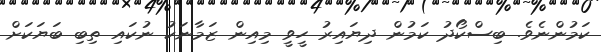
ކަމުންނެވެ. ބިސްކޯދު ކަމުން ދިޔައިރު ހީވީ މިއިން ޒަމާނަކު ނުކައި ތިބި ބަޔަކަށް